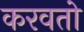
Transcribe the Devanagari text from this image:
करवतो